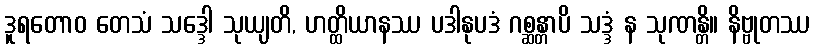
ဒူရတောဝ တေသံ သဒ္ဒေါ သုယျတိ, ဟတ္ထိယာနဿ ပဒါနုပဒံ ဂစ္ဆန္တာပိ သဒ္ဒံ န သုဏန္တိ။ နိဗ္ဗုတဿ